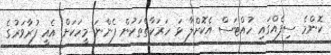
ކޮންމެ ސިފެއްގައި ހުއްޓަސް އެކޮށްލާ ޅަ ހަރަކާތްތަކުން ފެންނަ މީހަކަށް އެއީ ފުރާވަރުގެ